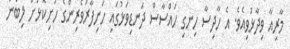
މާރިއާ ވިދާޅުވިއެވެ. އެ ހާދިސާ ހިނގި ހައްސާސް ދަނޑިވަޅުގައި ހަށިފާރަވެރިންގެ ހަށިކޮޅަށް ލިބުނު